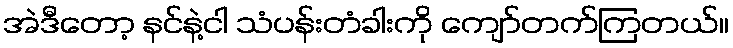
အဲဒီတော့ နင်နဲ့ငါ သံပန်းတံခါးကို ကျော်တက်ကြတယ်။